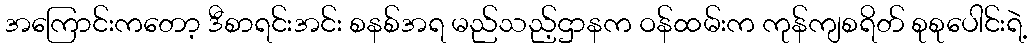
အကြောင်းကတော့ ဒီစာရင်းအင်း စနစ်အရ မည်သည့်ဌာနက ဝန်ထမ်းက ကုန်ကျစရိတ် စုစုပေါင်းရဲ့